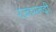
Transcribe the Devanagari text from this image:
रज़ामन्दी